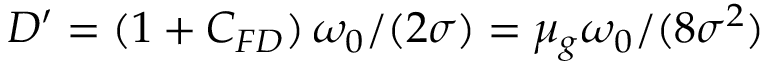
D ^ { \prime } = ( 1 + C _ { F D } ) \, \omega _ { 0 } / ( 2 \sigma ) = \mu _ { g } \omega _ { 0 } / ( 8 \sigma ^ { 2 } )